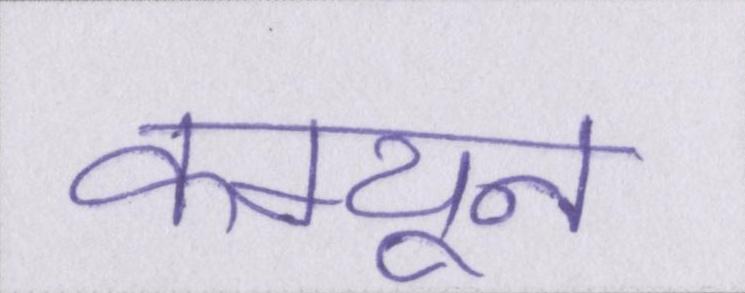
कम्यून